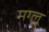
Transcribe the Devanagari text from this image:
मग्लू